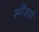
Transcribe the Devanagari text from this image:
स्पीअर्स